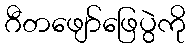
ဂီတဖျော်ဖြေပွဲကို